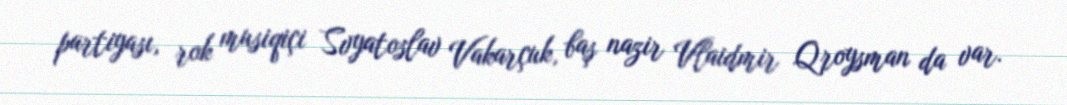
partiyası, rok musiqiçi Svyatoslav Vakarçuk, baş nazir Vlaidmir Qroysman da var.